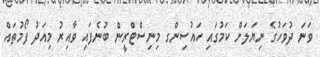
ވަނަ ދުވަހުގެ ނިޔަލަށް ކަމުގައި ހައުސިންގ މިނިސްޓްރީން ބުނެފައި ވާއިރު މިއަދު ފޯމުތައް